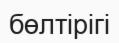
бөлтірігі